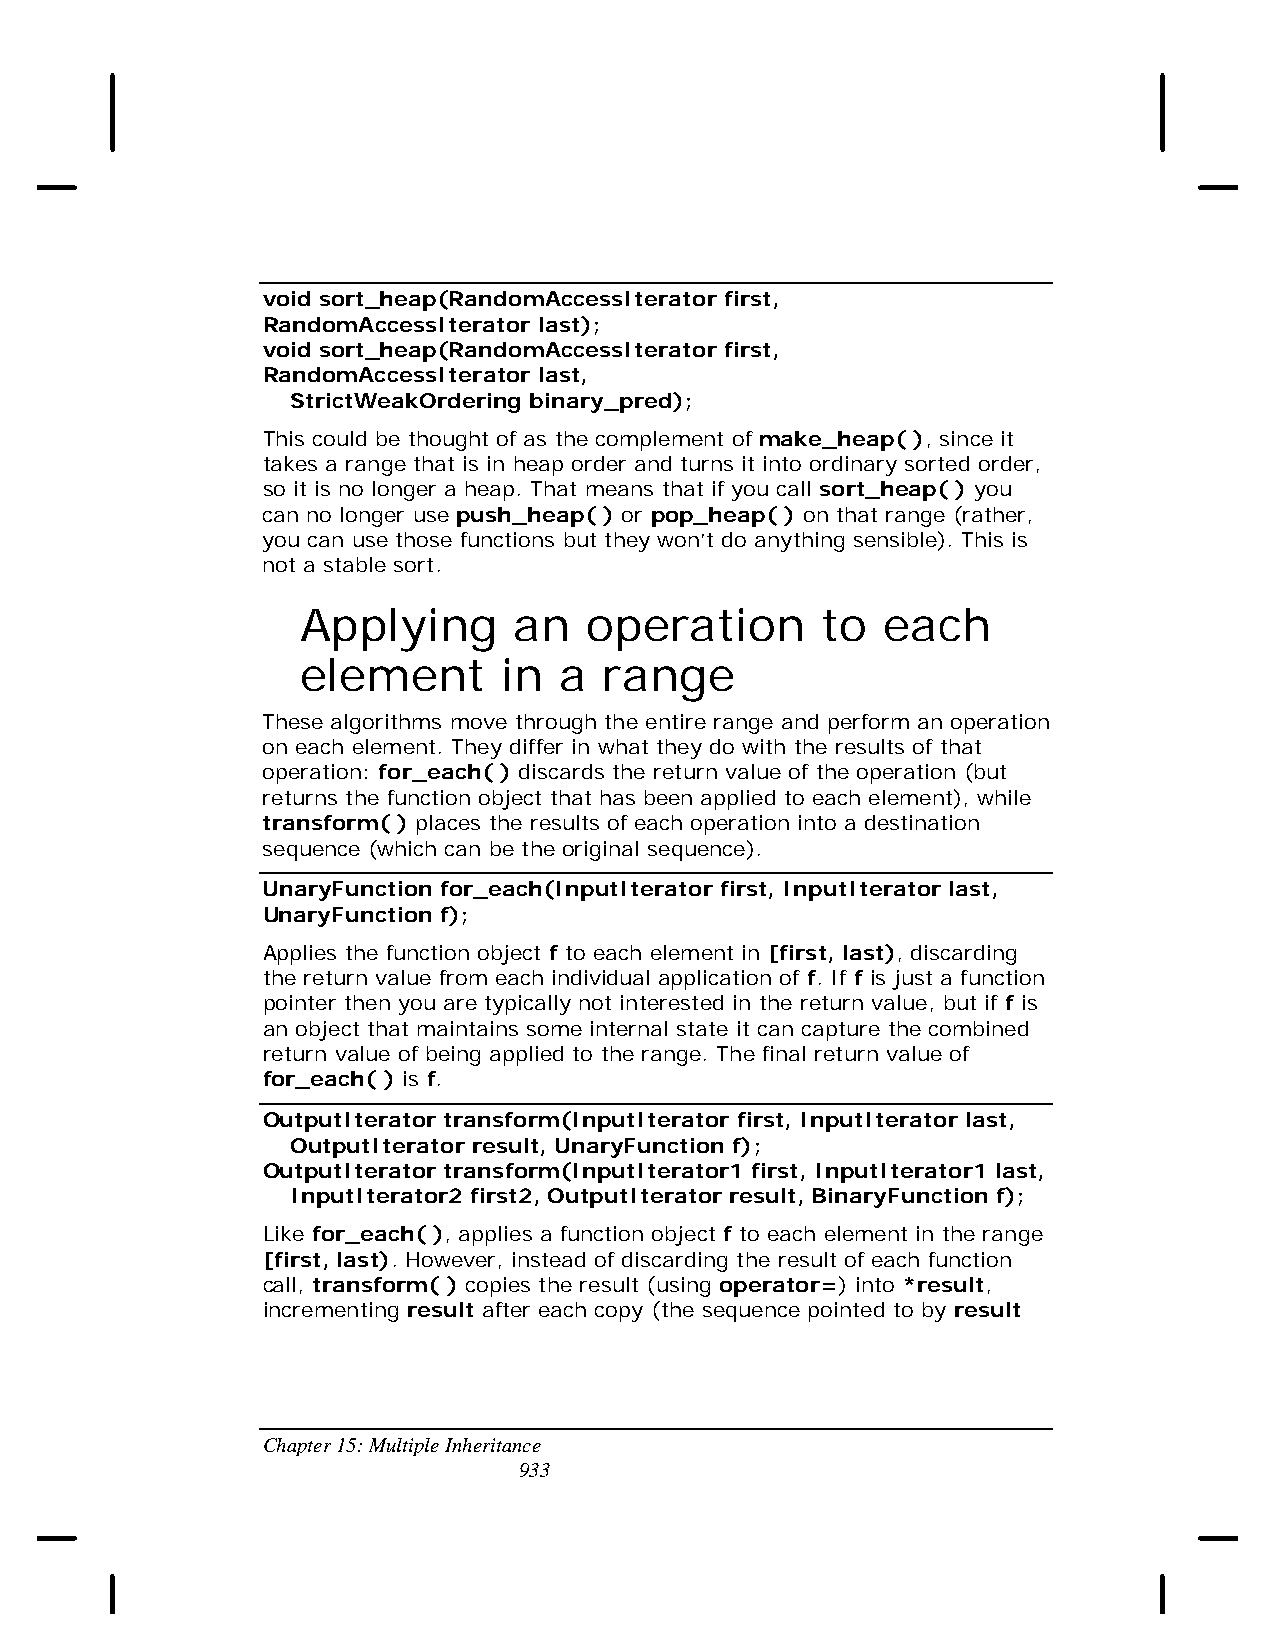
void sort_heap(RandomAccessIterator first,
 RandomAccessIterator last);
 void sort_heap(RandomAccessIterator first,
 RandomAccessIterator last,
 StrictWeakOrdering binary_pred);
 This could be thought of as the complement of make_heap( ), since it
 takes a range that is in heap order and turns it into ordinary sorted order,
 so it is no longer a heap. That means that if you call sort_heap( ) you
 can no longer use push_heap( ) or pop_heap( ) on that range (rather,
 you can use those functions but they won’t do anything sensible). This is
 not a stable sort.
 Applying      an   operation      to   each
 element      in  a  range
 These algorithms move through the entire range and perform an operation
 on each element. They differ in what they do with the results of that
 operation: for_each( ) discards the return value of the operation (but
 returns the function object that has been applied to each element), while
 transform( ) places the results of each operation into a destination
 sequence (which can be the original sequence).
 UnaryFunction for_each(InputIterator first, InputIterator last,
 UnaryFunction f);
 Applies the function object f to each element in [first, last), discarding
 the return value from each individual application of f. If f is just a function
 pointer then you are typically not interested in the return value, but if f is
 an object that maintains some internal state it can capture the combined
 return value of being applied to the range. The final return value of
 for_each( ) is f.
 OutputIterator transform(InputIterator first, InputIterator last,
 OutputIterator result, UnaryFunction f);
 OutputIterator transform(InputIterator1 first, InputIterator1 last,
 InputIterator2 first2, OutputIterator result, BinaryFunction f);
 Like for_each( ), applies a function object f to each element in the range
 [first, last). However, instead of discarding the result of each function
 call, transform( ) copies the result (using operator=) into *result,
 incrementing result after each copy (the sequence pointed to by result
 Chapter 15: Multiple Inheritance
 933